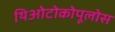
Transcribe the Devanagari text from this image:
थिओटोकोपूलोस